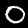
Label: 0